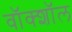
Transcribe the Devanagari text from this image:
वॉक्शॉल